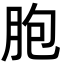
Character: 胞